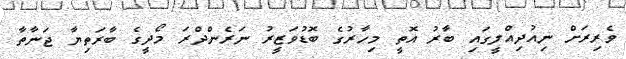
ވެރިރަށް ނިއުދިއްލީގައި ބާރު އޮތީ މިހާރުގެ ބޮޑުވަޒީރު ނަރެންދްރަ މޯދީގެ ބާރަތިޔާ ޖަނާތާ